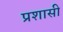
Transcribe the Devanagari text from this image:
प्रशासी